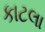
કાટલા